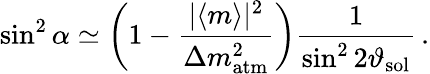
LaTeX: \sin^{2}\alpha\simeq\left(1-\frac{|\langle m\rangle|^{2}}{\Delta{m}_{\mathrm{atm}}^{2}}\right)\frac{1}{\sin^{2}2\vartheta_{\mathrm{sol}}}\, .